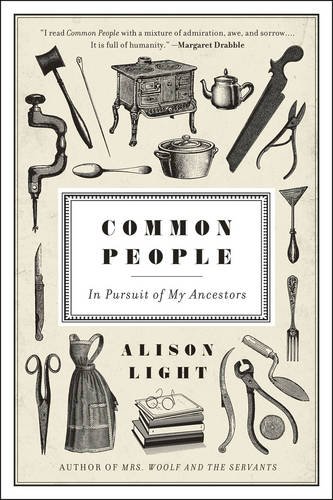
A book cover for Common People: In Pursuit of My Ancestors; Alison Light; Biographies & Memoirs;